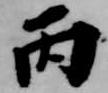
丙